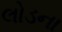
લોડના